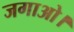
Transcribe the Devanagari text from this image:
जगाओ।